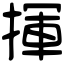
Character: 揮